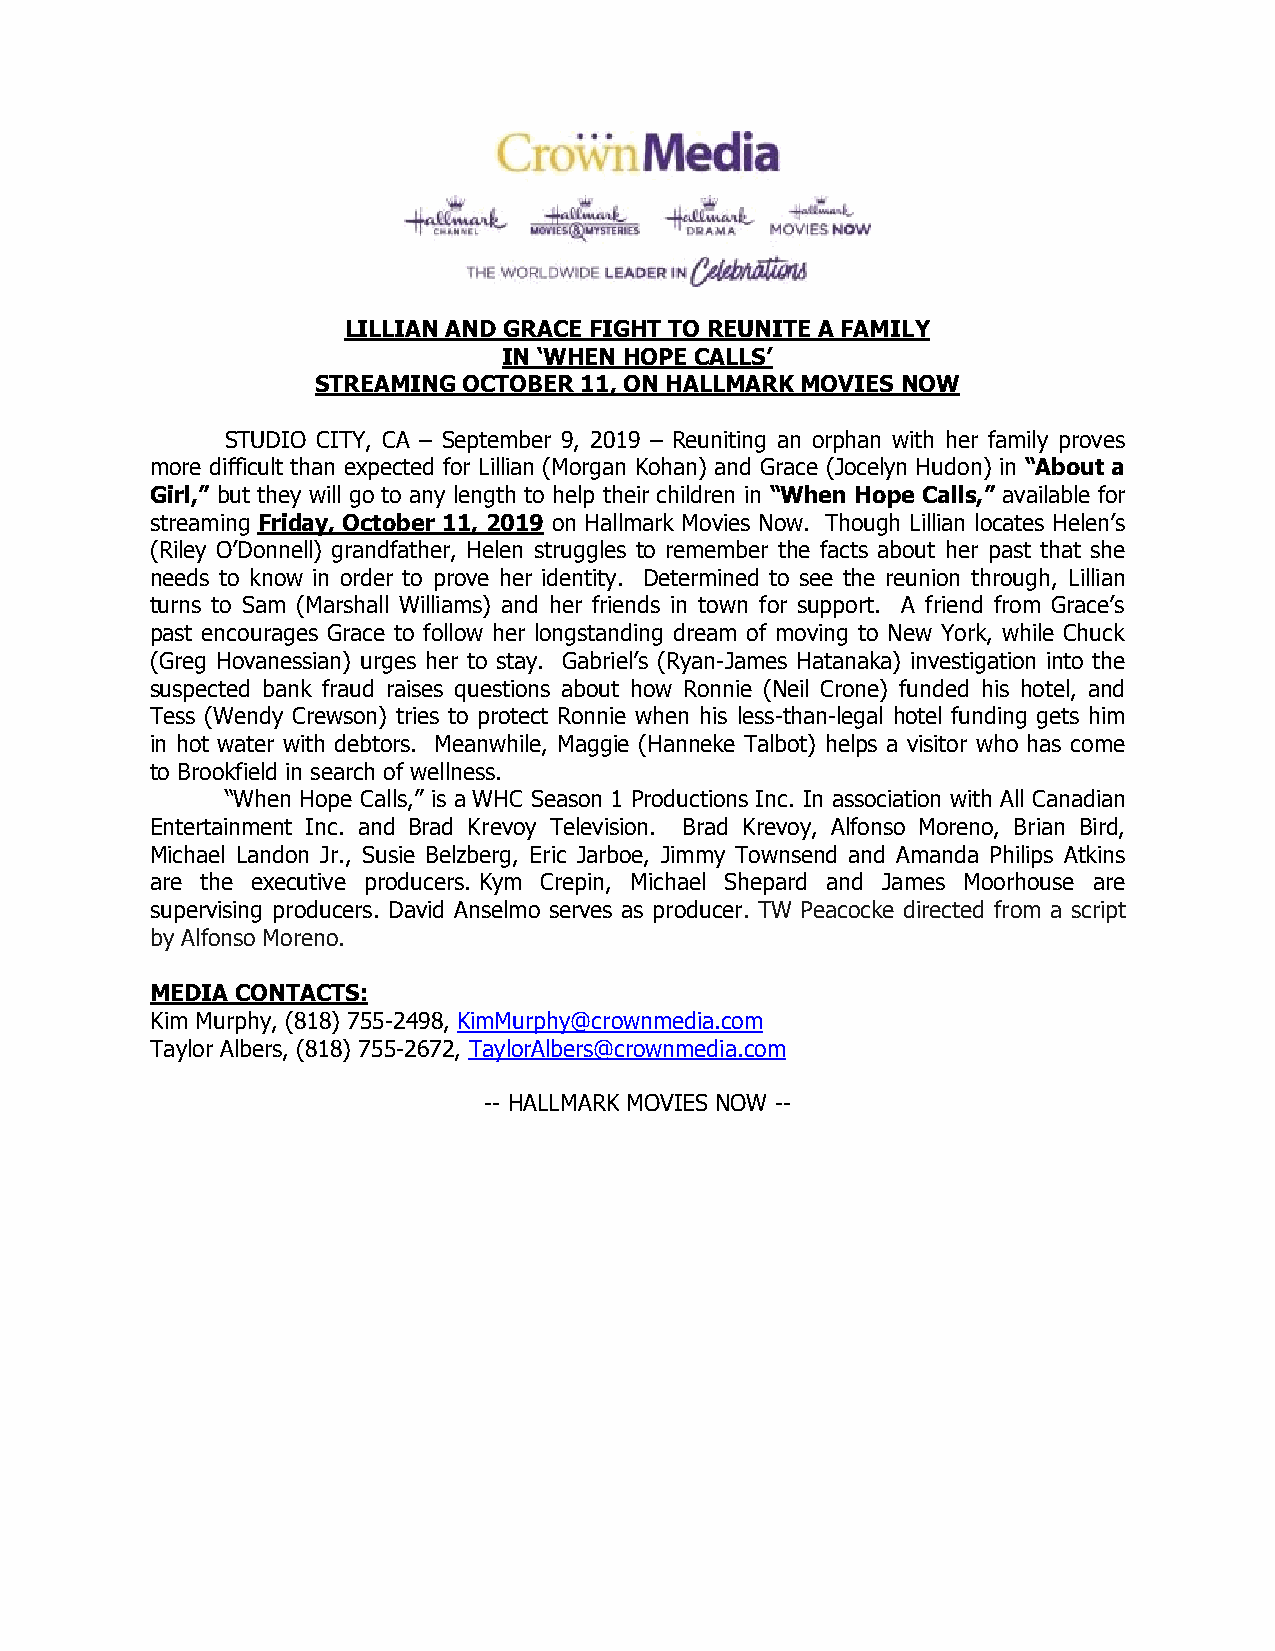
LILLIAN AND GRACE FIGHT TO REUNITE A FAMILY
 IN ‘WHEN HOPE CALLS’
 STREAMING OCTOBER 11, ON HALLMARK MOVIES NOW
 STUDIO CITY, CA – September 9, 2019 – Reuniting an orphan with her family proves
 more difficult than expected for Lillian (Morgan Kohan) and Grace (Jocelyn Hudon) in “About a
 Girl,” but they will go to any length to help their children in “When Hope Calls,” available for
 streaming Friday, October 11, 2019 on Hallmark Movies Now. Though Lillian locates Helen’s
 (Riley O’Donnell) grandfather, Helen struggles to remember the facts about her past that she
 needs to know in order to prove her identity. Determined to see the reunion through, Lillian
 turns to Sam (Marshall Williams) and her friends in town for support. A friend from Grace’s
 past encourages Grace to follow her longstanding dream of moving to New York, while Chuck
 (Greg Hovanessian) urges her to stay. Gabriel’s (Ryan-James Hatanaka) investigation into the
 suspected bank fraud raises questions about how Ronnie (Neil Crone) funded his hotel, and
 Tess (Wendy Crewson) tries to protect Ronnie when his less-than-legal hotel funding gets him
 in hot water with debtors. Meanwhile, Maggie (Hanneke Talbot) helps a visitor who has come
 to Brookfield in search of wellness.
 “When Hope Calls,” is a WHC Season 1 Productions Inc. In association with All Canadian
 Entertainment Inc. and Brad Krevoy Television. Brad Krevoy, Alfonso Moreno, Brian Bird,
 Michael Landon Jr., Susie Belzberg, Eric Jarboe, Jimmy Townsend and Amanda Philips Atkins
 are the executive producers. Kym Crepin, Michael Shepard and James Moorhouse are
 supervising producers. David Anselmo serves as producer. TW Peacocke directed from a script
 by Alfonso Moreno.
 MEDIA CONTACTS:
 Kim Murphy, (818) 755-2498, KimMurphy@crownmedia.com
 Taylor Albers, (818) 755-2672, TaylorAlbers@crownmedia.com
 -- HALLMARK MOVIES NOW --